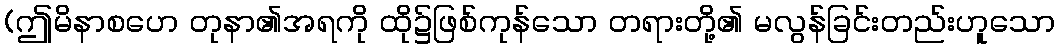
(ဤမိနာစဟေ တုနာ၏အရကို ထို၌ဖြစ်ကုန်သော တရားတို့၏ မလွန်ခြင်းတည်းဟူသော